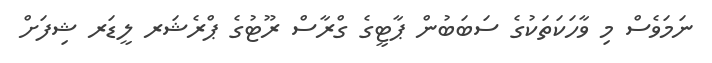
ނަމަވެސް މި ވާހަކަތަކުގެ ސަބަބުން ޕާޓީގެ ގްރާސް ރޫޓުގެ ޕްރެޝަރ ލީޑަރ ޝިފަށް